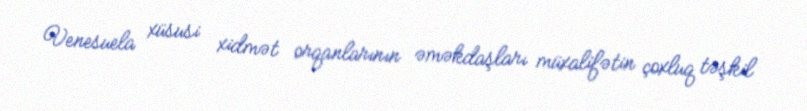
Venesuela xüsusi xidmət orqanlarının əməkdaşları müxalifətin çoxluq təşkil